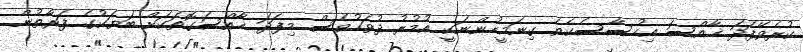
ކުރެވޭފަދަ ޚާއްސަ އިހުސާސެކެވެ. ގިނަމީހުންނަކީ އުމުރު ދުވަހުވެސް މިފަދަ ޚާއްސަގޮތަކަށް ބަޔަކުގެ ފަރާތުން